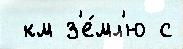
 км з'е́мл'ю с